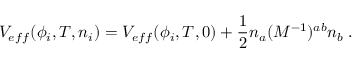
V _ { e f f } ( \phi _ { i } , T , n _ { i } ) = V _ { e f f } ( \phi _ { i } , T , 0 ) + { \frac { 1 } { 2 } } n _ { a } ( { \cal M } ^ { - 1 } ) ^ { a b } n _ { b } \; .